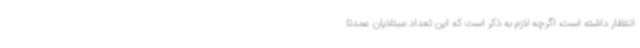
انتظار داشته است، اگرچه لازم به ذکر است که این تعداد مبتلایان عمدتا